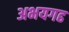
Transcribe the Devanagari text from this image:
अभयगढ